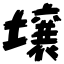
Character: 壌